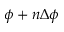
\phi + n \Delta \phi